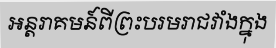
អន្តរាគមន៍ពីព្រះបរមរាជវាំងក្នុង